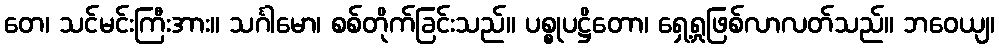
တေ၊ သင်မင်းကြီးအား။ သင်္ဂါမော၊ စစ်တိုက်ခြင်းသည်။ ပစ္စုပဋ္ဌိတော၊ ရှေ့ရှုဖြစ်လာလတ်သည်။ ဘဝေယျ၊